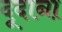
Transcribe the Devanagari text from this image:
दूदाना